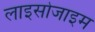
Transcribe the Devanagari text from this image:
लाइसोजाइम